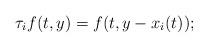
LaTeX: \begin{align*}\tau_if(t,y)=f(t,y-x_i(t));\end{align*}